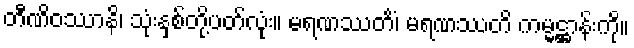
တီဏိဝဿာနိ၊ သုံးနှစ်တို့ပတ်လုံး။ မရဏဿတိံ၊ မရဏဿတိ ကမ္မဋ္ဌာန်းကို။